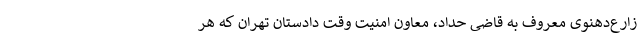
زارع‌دهنوی معروف به قاضی حداد، معاون امنیت وقت دادستان تهران که هر